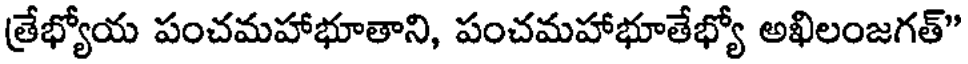
త్రేభ్యోయ పంచమహాభూతాని, పంచమహాభూతేభ్యో అఖిలంజగత్"